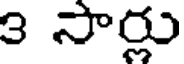
3 సార్లు